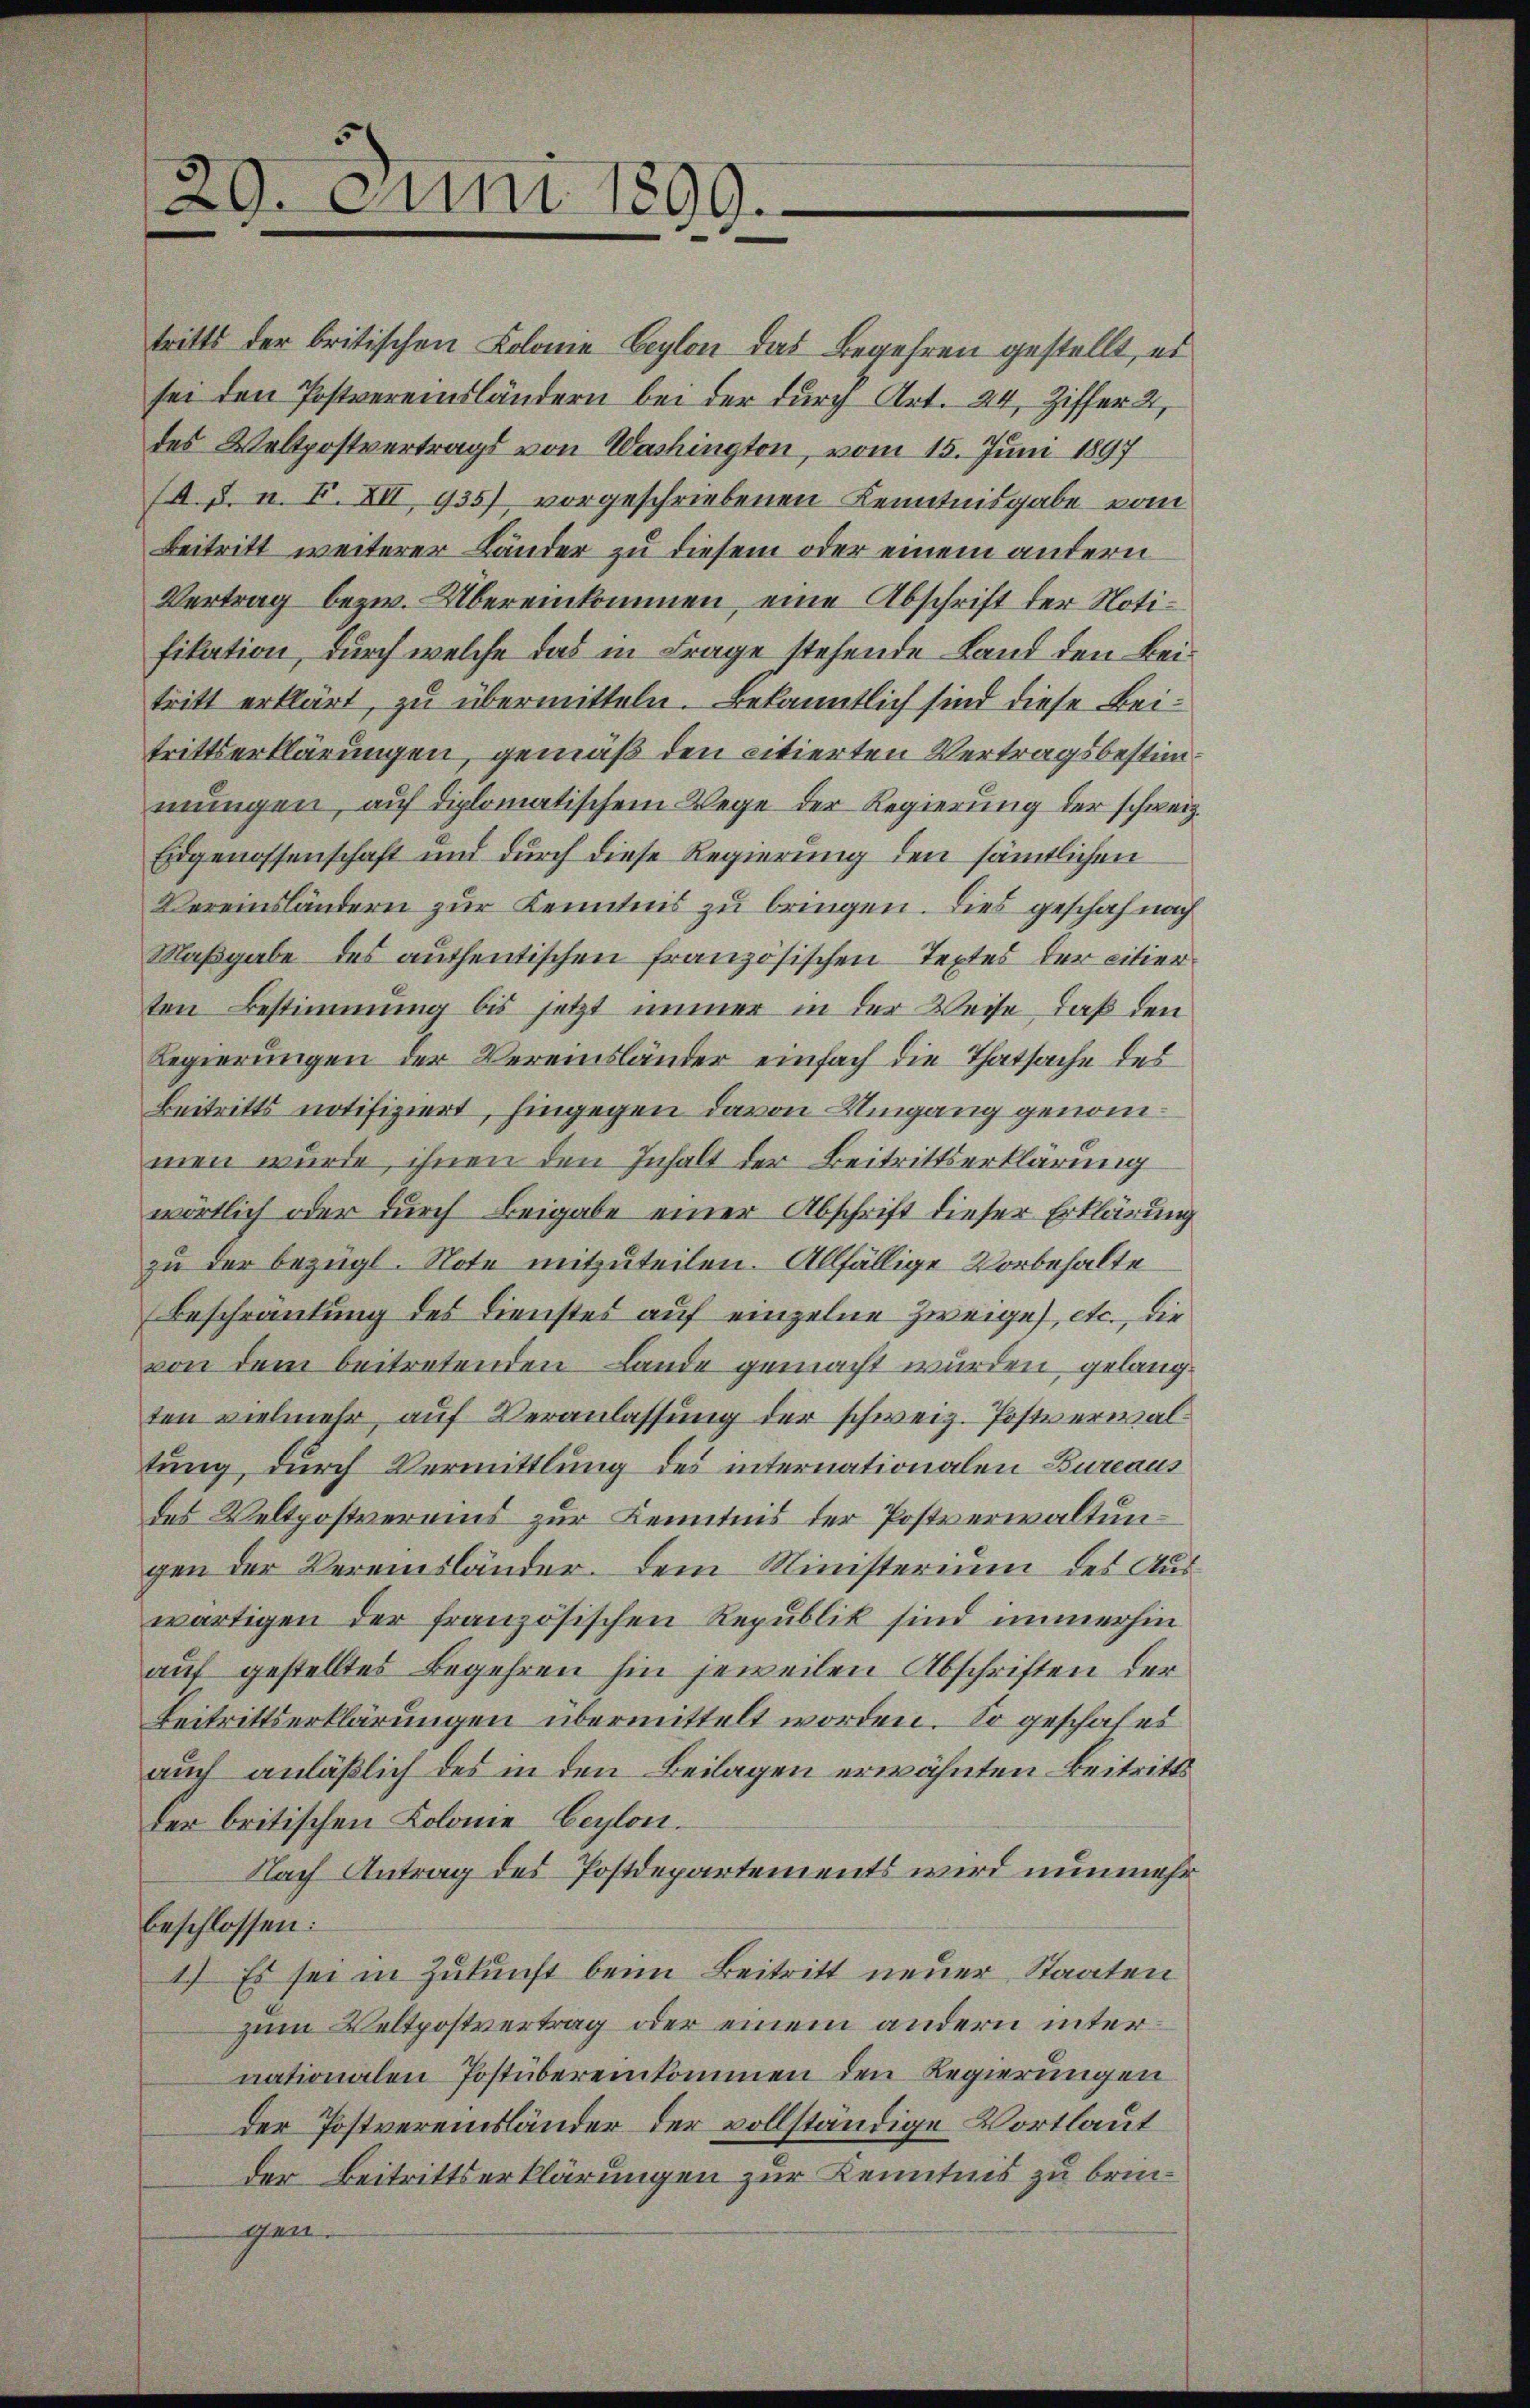
29. Juni 1899.

sei den Postvereinsländern bei der durch Art. 24, Ziffer 2,
des Waltpostvertrags von Washington, vom 15. Juni 1897
(A. B. n. F. XII 935) vorgeschriebenen Kenntnisgabe vom
Beitritt weiterer Bänder zu diesem oder einem andern
Vertrag bezw. Übereinkommen, eine Abschrift der Notifikation, durch welche das in Frage stehende Land den Beitritt erklärt, zu übermitteln. Bekanntlich sind diese Beitrittserklärungen, gemäß den citierten Vertragsbestimmungen, auf diplomatischem Wege der Regierung der schweiz.
Eidgenossenschaft und durch diese Regierung den sämtlichen
Vereinsländern zur Kenntnis zu bringen. Dies geschah nach
Maßgabe des authentischen französischen Textes der citierten Bestimmung bis jetzt immer in der Weise, daß den
Regierungen der Vereinsländer einfach die Thatsache des
Beitritts notifiziert, hingegen davon Umgang genommen wurde, ihnen den Inhalt der Beitrittserklärung
wörtlich oder durch Beigabe einer Abschrift dieser Erklärung
zu der bezügl. Note mitzuteilen. Allfällige Vorbehalte
Beschränkung des Dienstes auf einzelne Zweige, etc., die
von dem beitretenden Lande gemacht wurden, gelangten vielmehr, auf Veranlassung der schweiz. Postverwaltung, durch Vermittlung des internationalen Bureaus
des Veltpostverains zur Kenntnis der Postverwaltungen der Vereinsländer. Dem Ministerium des Auswärtigen der französischen Republik sind immerhin
auf gestelltes Begehren hin jeweilen Abschriften der
Beitrittserklärungen übermittelt worden. So geschafet
auch anläßlich des in den Beilagen erwähnten Beitritts
der britischen Kolome Ceylon.
Nach Antrag des Postdepartements wird nunmehr
beschlossen:
1.) Es sei in Zukunft beim Beitritt neuer Staaten
zum Veltpostvertrag oder einem andern internationalen Postübereinkommen den Regierungen
der Postvereinsländer der vollständige Wortlaut
der Beitrittserklärungen zur Kenntnis zu bringen.

tritts der britischen Kolonie Ceylon das Begehren gestellt, es